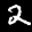
Label: 2